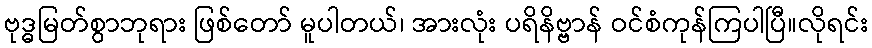
ဗုဒ္ဓမြတ်စွာဘုရား ဖြစ်တော် မူပါတယ်၊ အားလုံး ပရိနိဗ္ဗာန် ဝင်စံကုန်ကြပါပြီ။လိုရင်း